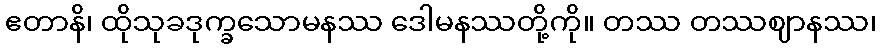
ဧတာနိ၊ ထိုသုခဒုက္ခသောမနဿ ဒေါမနဿတို့ကို။ တဿ တဿဈာနဿ၊